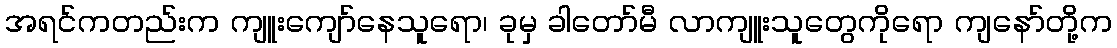
အရင်ကတည်းက ကျူးကျော်နေသူရော၊ ခုမှ ခါတော်မီ လာကျူးသူတွေကိုရော ကျနော်တို့က